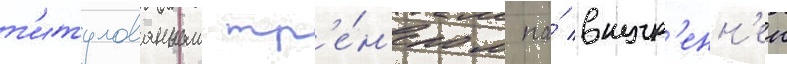
т'итулованным тр'е́н'ером на́ внутр'енн'еи